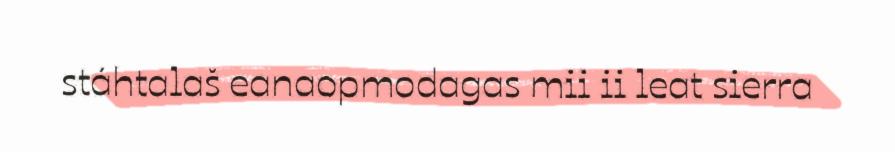
stáhtalaš eanaopmodagas mii ii leat sierra